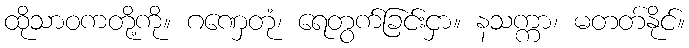
ထိုသာဝကတို့ကို။ ဂဏှေတုံ၊ ရေတွက်ခြင်းငှာ။ နသက္ကာ၊ မတတ်နိုင်။